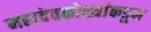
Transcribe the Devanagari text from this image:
महादेवकोळ्यांकडून